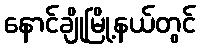
နောင်ချိုမြို့နယ်တွင်